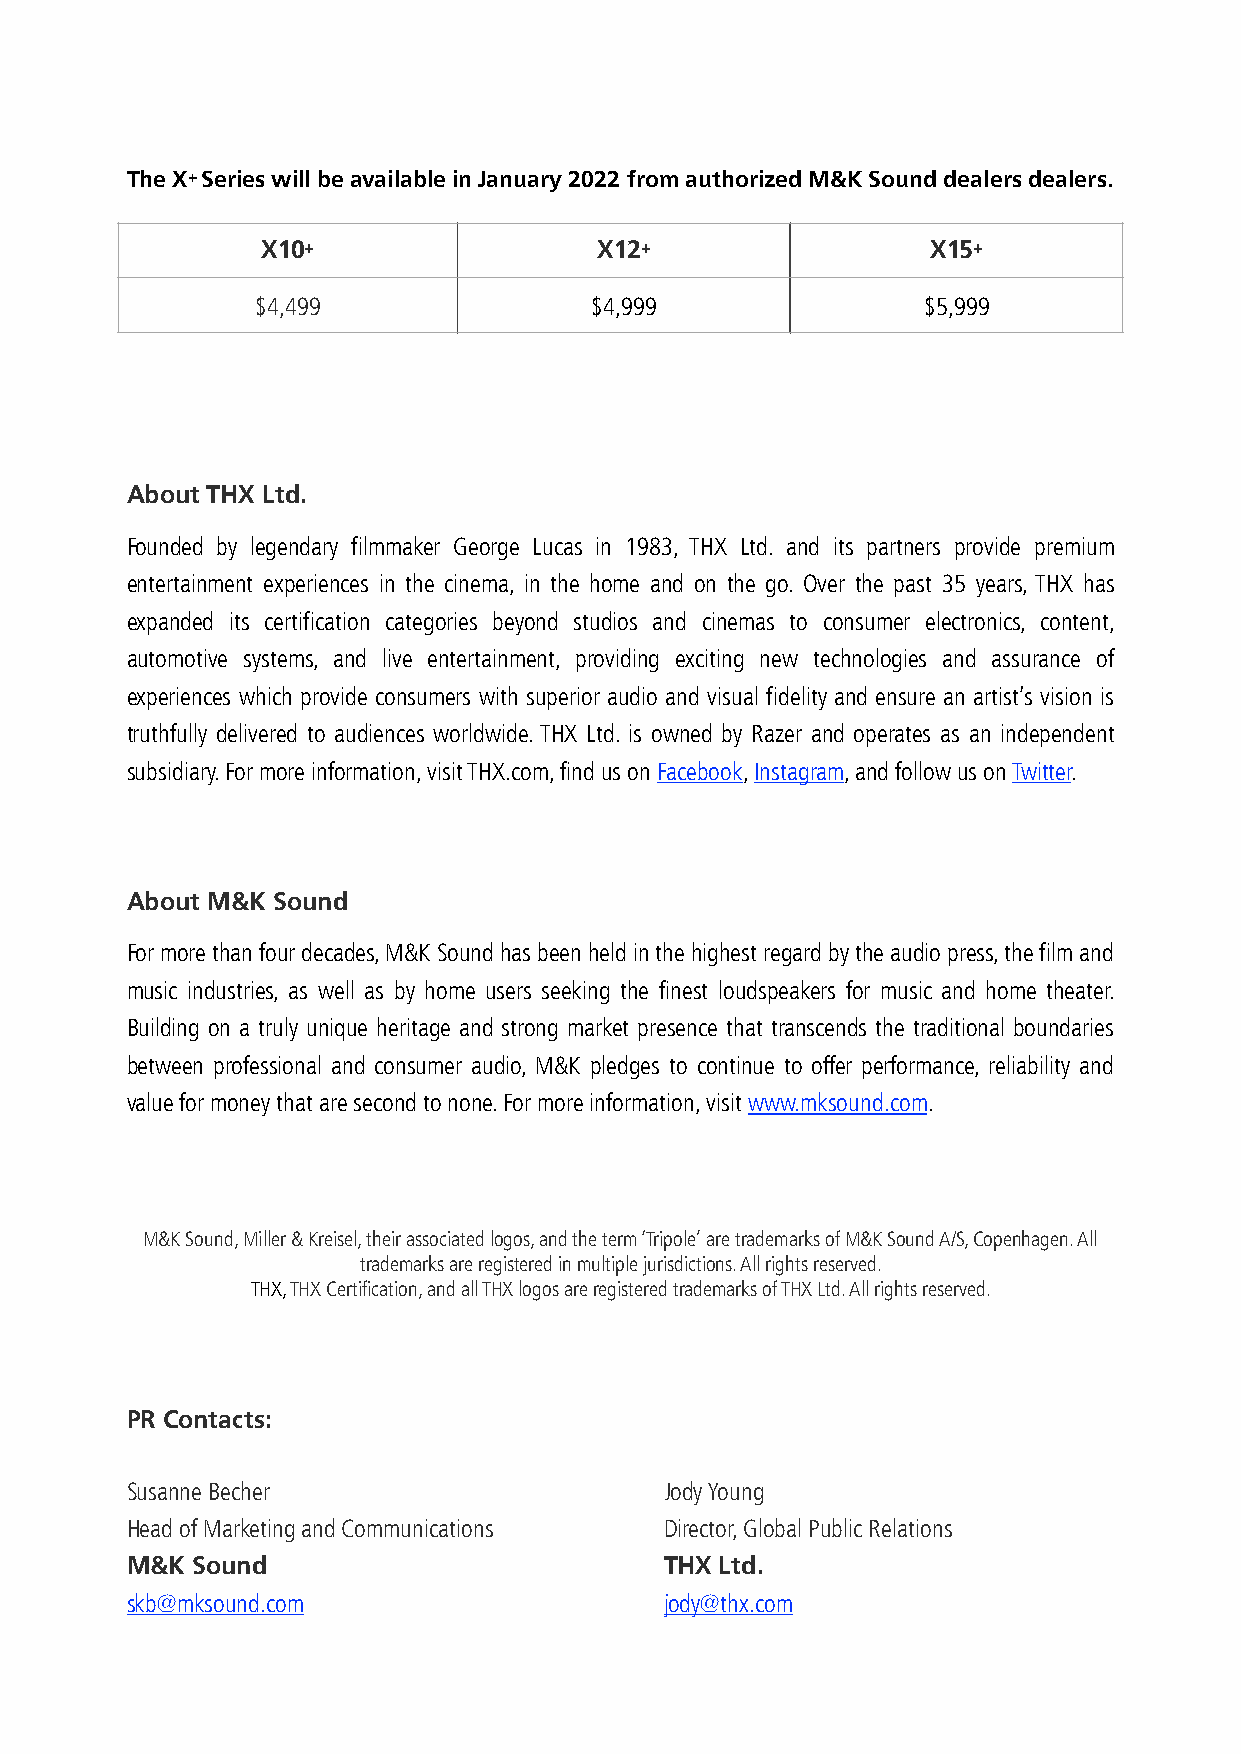
The X+ Series will be available in January 2022 from authorized M&K Sound dealers dealers.
 X10+                   X12+                  X15+
 $4,499                $4,999                $5,999
 About THX Ltd.
 Founded by legendary filmmaker George Lucas in 1983, THX Ltd. and its partners provide premium
 entertainment experiences in the cinema, in the home and on the go. Over the past 35 years, THX has
 expanded its certification categories beyond studios and cinemas to consumer electronics, content,
 automotive systems, and live entertainment, providing exciting new technologies and assurance of
 experiences which provide consumers with superior audio and visual fidelity and ensure an artist’s vision is
 truthfully delivered to audiences worldwide. THX Ltd. is owned by Razer and operates as an independent
 subsidiary. For more information, visit THX.com, find us on Facebook, Instagram, and follow us on Twitter.
 About M&K Sound
 For more than four decades, M&K Sound has been held in the highest regard by the audio press, the film and
 music industries, as well as by home users seeking the finest loudspeakers for music and home theater.
 Building on a truly unique heritage and strong market presence that transcends the traditional boundaries
 between professional and consumer audio, M&K pledges to continue to offer performance, reliability and
 value for money that are second to none. For more information, visit www.mksound.com.
 M&K Sound, Miller & Kreisel, their associated logos, and the term ‘Tripole’ are trademarks of M&K Sound A/S, Copenhagen. All
 trademarks are registered in multiple jurisdictions. All rights reserved.
 THX, THX Certification, and all THX logos are registered trademarks of THX Ltd. All rights reserved.
 PR Contacts:
 Susanne Becher                      Jody Young
 Head of Marketing and Communications Director, Global Public Relations
 M&K  Sound                          THX Ltd.
 skb@mksound.com                     jody@thx.com